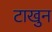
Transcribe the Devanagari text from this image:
टाखुन